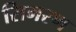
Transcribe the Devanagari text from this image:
सिमरण